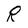
Character: R